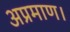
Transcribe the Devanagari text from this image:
अप्रमाण।